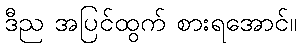
ဒီည အပြင်ထွက် စားရအောင်။